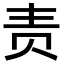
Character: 责